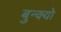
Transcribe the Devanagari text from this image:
बुन्क्यो